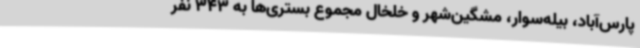
پارس‌آباد، بیله‌سوار، مشگین‌شهر و خلخال مجموع بستری‌ها به 343 نفر